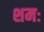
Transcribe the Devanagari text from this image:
शमः